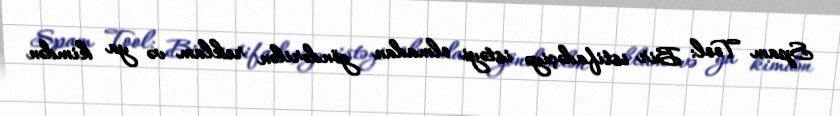
Spam Tool: Bir istifadəçiyə istəyi olmadan göndərilən reklam və ya kimdən